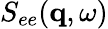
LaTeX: S_{ee}(\mathbf{q},\omega)